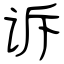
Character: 诉